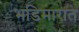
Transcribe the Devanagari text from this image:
भडिमारात